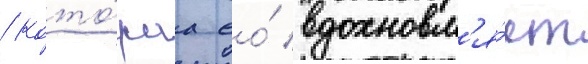
/ кото́раа ео́ вдохновл'я́ет